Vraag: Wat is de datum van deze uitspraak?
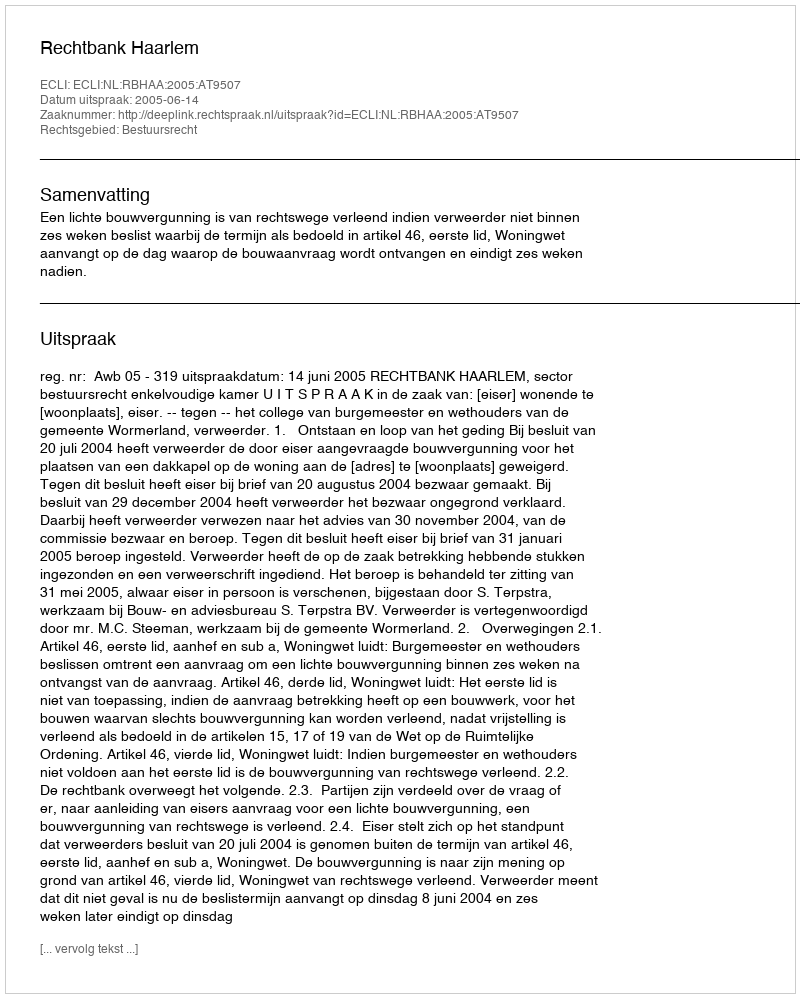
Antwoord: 2005-06-14